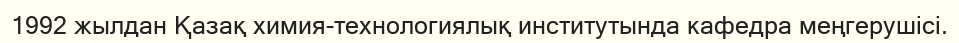
1992 жылдан Қазақ химия-технологиялық институтында кафедра меңгерушісі.